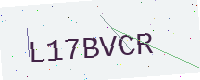
Text: L17BVCR